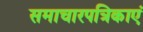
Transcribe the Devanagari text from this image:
समाचारपत्रिकाएं